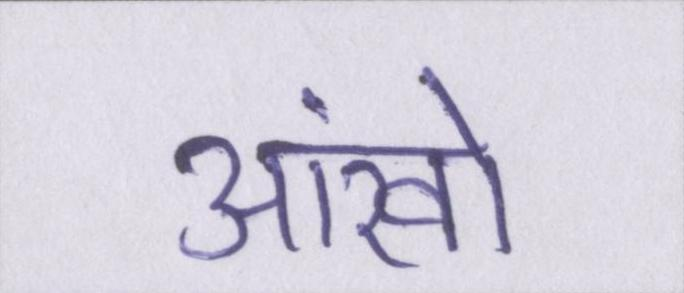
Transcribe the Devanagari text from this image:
आंखों